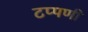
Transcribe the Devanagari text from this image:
टप्पणी